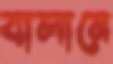
বালানে